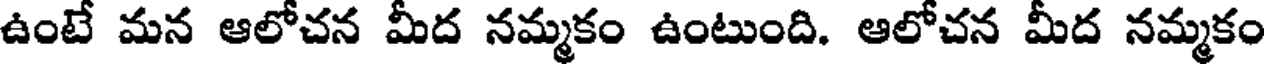
ఉంటే మన ఆలోచన మీద నమ్మకం ఉంటుంది. ఆలోచన మీద నమ్మకం